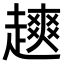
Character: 𫎿